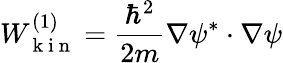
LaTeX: W_{\mathrm{~k~i~n~}}^{(1)}=\frac{\hbar^{2}}{2m}\nabla\psi^{*}\cdot\nabla\psi